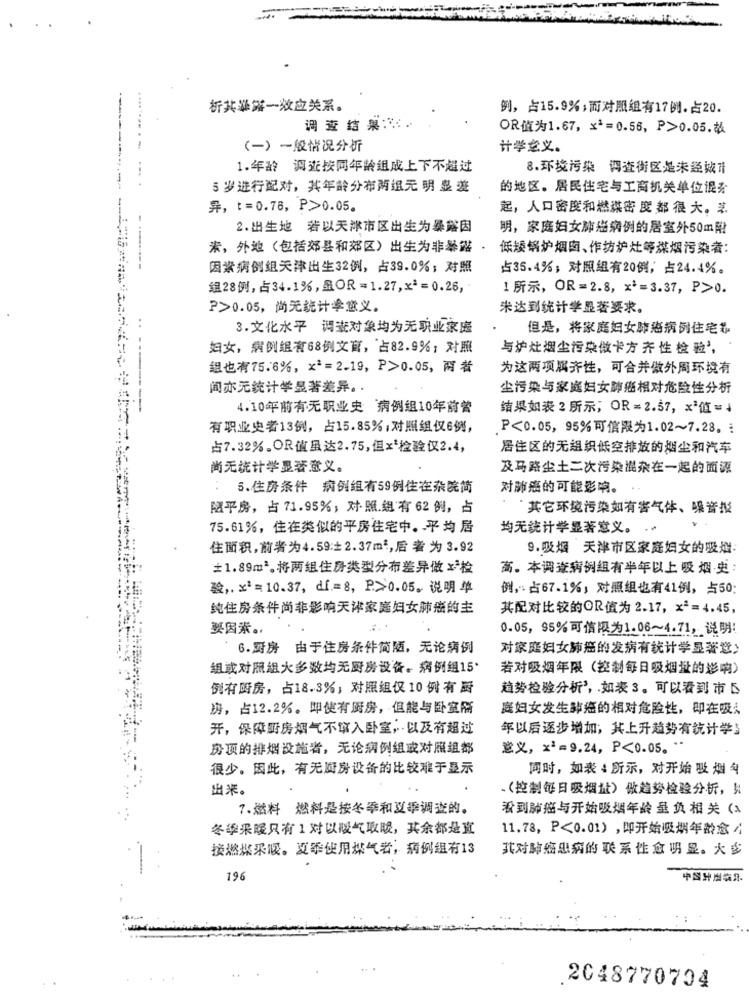
析其暴露一效应关系。
例,占15.9%;而对照组有17例。占20.
调查结果 :...
OR值为1.67, x2=0.56, P>0.05.故
(一)一般情况分析
计学意义。
1.年龄 调查按同年龄组成上下不超过
8.环境污染 调查街区是未经效计
********* = ==
5 岁进行配对,其年龄分布两组无明 显差
的地区。居民住宅与工商机关单位混分
异,t=0.76, P>0.05.
起,人口密度和燃媒密度都 很 大。茗
2.出生地 若以天津市区出生为暴露因
明,家庭妇女肺癌病例的居室外50m附
米,外地(包括郊县和郊区)出生为非暴露·
低矮锅炉烟肉、作坊炉灶等媒烟污染者:
因素病例组天津出生32例,占39.0%;对照
占35.4%;对照组有20例,占24.4%。
组28例,占34.1%,BOR=1.27,x2=0.26,
1 所示,OR=2.8, x2=3.37, P>0.
P>0.05, 尚无统计学意义。
朱达到统计学显著要求。
3.文化水平 调查对象均为无职业家庭
但是,将家庭妇女肺癌病例住宅物
妇女,病例组有68例文盲,占82.9%;对照
与炉灶烟尘污染仪卡方 齐 性 检 验’,
组也有75.6%, x2=2-19, P>0.05,两者
为这两项属齐性,可合并做外周环境有
间亦无统计学显著差异 。·
尘污染与家庭妇女肺癌相对危险性分析
4.10年前有无职业史 病例组10年前曾
结果如表 2所示;OR=2.57,x2值=↓
有职业史者13例,占15.85%;对照组仅6例,
P<0.05, 95%可信限为1.02~7.28 。:
占7.32%。OR值虽达2.75,但x*检验仅2.4,
居住区的无组织低空排放的烟尘和汽车
尚无统计学显著意义。
及马路尘土二次污染混杂在一起的面源
:
5.住房条件 病例组有59例住在杂院简
对肺癌的可能影响。
阻平房,占71.95%;对照组有62例,占
·其它环境污染如有害气体、噪音效
75.61%,住在类似的平房住宅中。平均居
均无统计学显著意义。 ··
住面积,前者为4.59:±2.37m2,后者为 3.92
9.吸烟 天津市区家庭妇女的吸章:
±1.89m2。将两组住房类型分布差异做x-检
高。本调查病例组有半年以上吸 烟·史:
验 ,. x2=10.37, df .= 8, P.>0.05. 说明单
例,占67.1%,对照组也有41例,占50:
纯住房条件尚非影响天津家庭妇女肺癌的主
其配对比较的OR值为 2.17, x2=4.45,
要因素。
0.05, 95%可信限为1.06~4.71,说明:
6.厨房 由于住房条件简陋,无论病例
对家庭妇女肺癌的发病有统计学显著意>
组成对照组大多数均无厨房设备。病例组15°
若对吸烟年限(控制每日吸烟量的影响)
例有厨房,占18.3%;对照组仅10份有厨
趋势检验分析’,如表3。可以看到市
房,占12.2%。即使有厨房,但能与卧室隔
底妇女发生肺癌的相对危险性,即在吸
开,保障厨房烟气不算入卧室,以及有超过
年以后逐步增加;其上升趋势有统计学』
房顶的排烟设施者,无论病例组成对照组部
意义,x2=9.24, P<0.05."
很少。因此,有无厨房设备的比较难于显示
同时,如表 所示,对开始吸烟斗
出米。
-(控制每日吸烟址)做趋势检验分析,头
7.燃料 燃料是按冬季和夏季调查的。
看到肺癌与开始吸烟年龄 量负相关(x
冬季采暖只有1对以拨气取暖,其余都是直
11.78, P<0.01),即开始吸烟年龄愈ら
接燃煤采暖。夏季使用煤气者,病例组有13
其对肺癌患病的 联系性愈明显。大多
中国出版杂品
196
2048770704